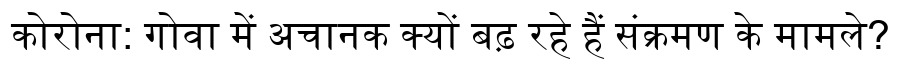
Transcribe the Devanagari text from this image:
कोरोना: गोवा में अचानक क्यों बढ़ रहे हैं संक्रमण के मामले?